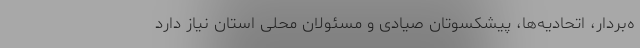
ه‌بردار، اتحادیه‌ها، پیشکسوتان صیادی و مسئولان محلی استان نیاز دارد